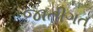
જાતીગત